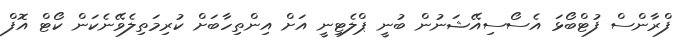
ފްރާންސް ފުޓްބޯޅަ އެސޯސިއޭޝަނުން ބުނީ ޕްލެޓިނީ އަށް އިންތިހާބަށް ކުރިމަތިލެވޭނެކަން ކޯޓް އޮފް